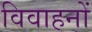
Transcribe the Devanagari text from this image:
विवाहनों